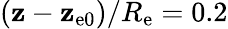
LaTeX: (\mathbf{z}-\mathbf{z}_{\mathrm{{e0}}})/R_{\mathrm{{e}}}=0.2